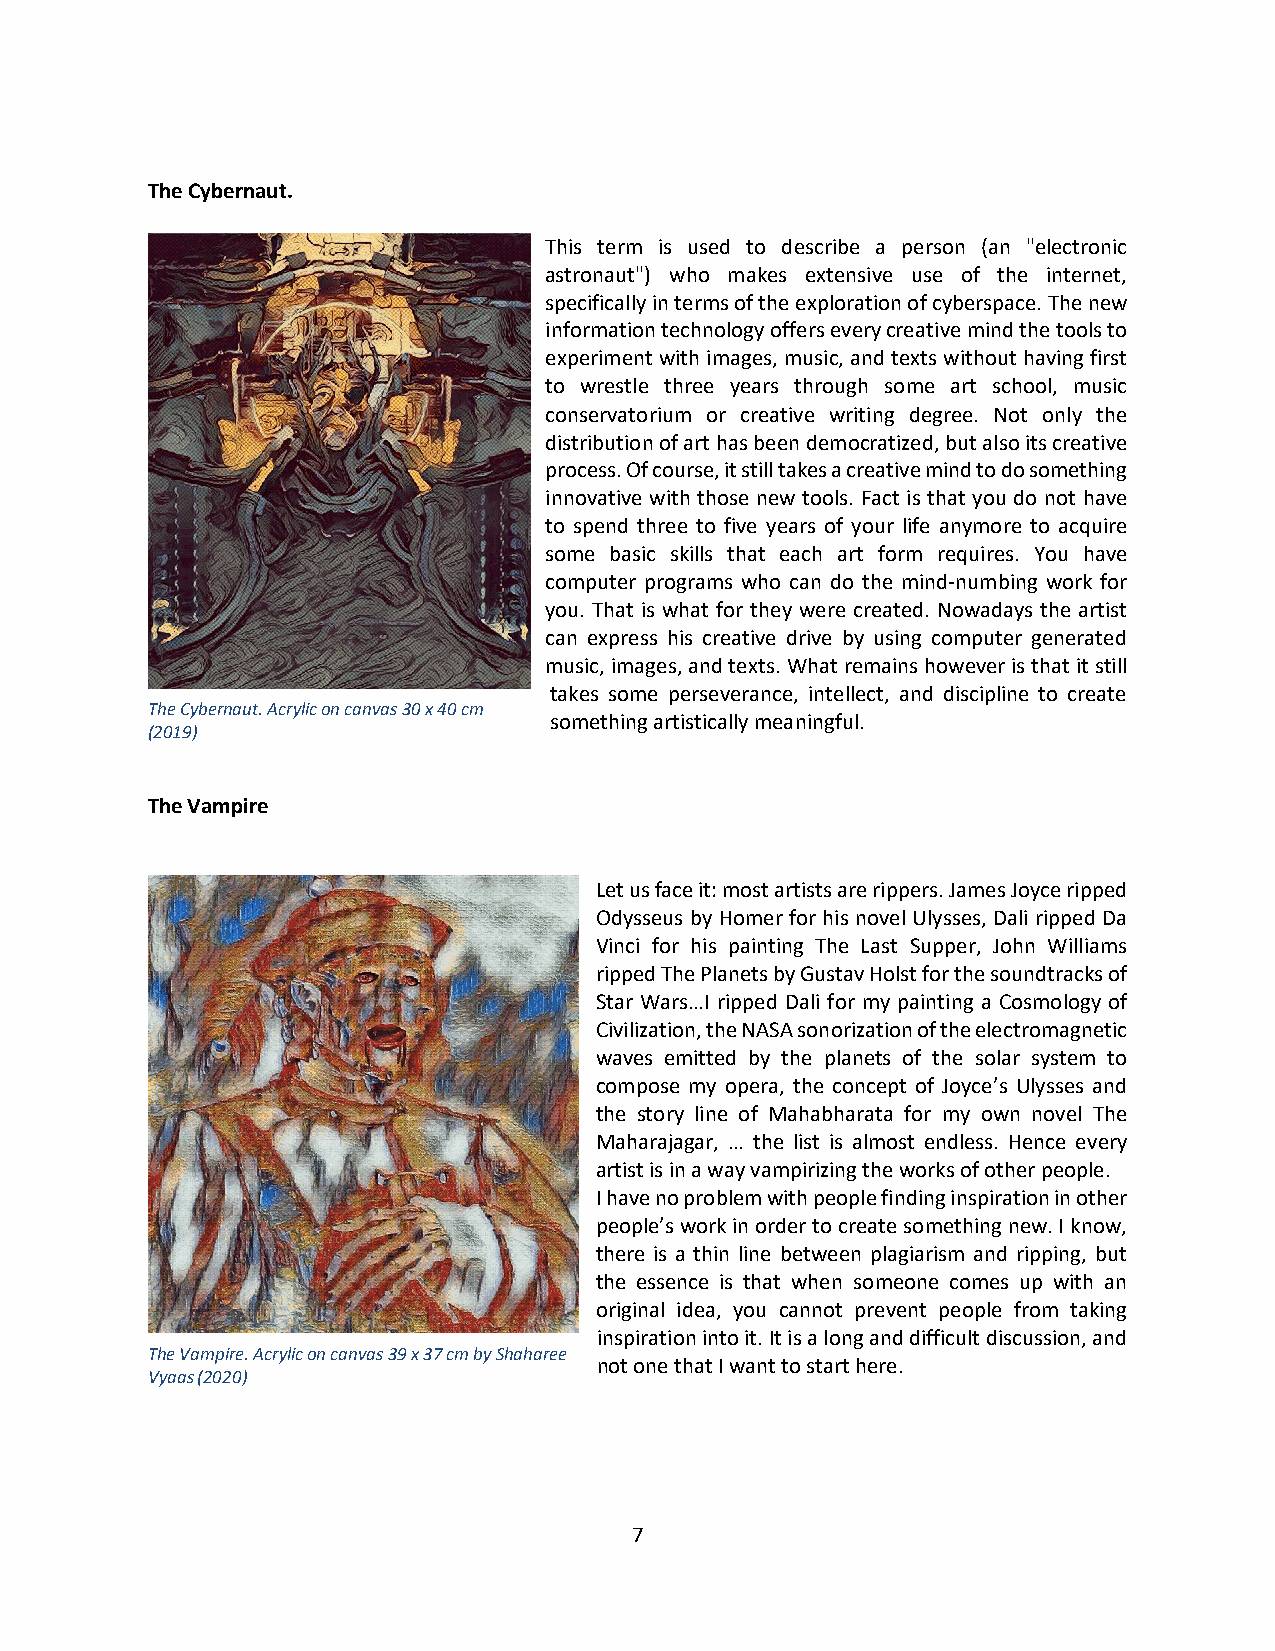
The Cybernaut.
 This term is used to describe a person (an "electronic
 astronaut") who makes extensive use of the internet,
 specifically in terms of the exploration of cyberspace. The new
 information technology offers every creative mind the tools to
 experiment with images, music, and texts without having first
 to wrestle three years through some art school, music
 conservatorium or creative writing degree. Not only the
 distribution of art has been democratized, but also its creative
 process. Of course, it still takes a creative mind to do something
 innovative with those new tools. Fact is that you do not have
 to spend three to five years of your life anymore to acquire
 some basic skills that each art form requires. You have
 computer programs who can do the mind-numbing work for
 you. That is what for they were created. Nowadays the artist
 can express his creative drive by using computer generated
 music, images, and texts. What remains however is that it still
 takes some perseverance, intellect, and discipline to create
 The Cybernaut. Acrylic on canvas 30 x 40 cm
 something artistically meaningful.
 (2019)
 The Vampire
 Let us face it: most artists are rippers. James Joyce ripped
 Odysseus by Homer for his novel Ulysses, Dali ripped Da
 Vinci for his painting The Last Supper, John Williams
 ripped The Planets by Gustav Holst for the soundtracks of
 Star Wars…I ripped Dali for my painting a Cosmology of
 Civilization, the NASA sonorization of the electromagnetic
 waves emitted by the planets of the solar system to
 compose my opera, the concept of Joyce’s Ulysses and
 the story line of Mahabharata for my own novel The
 Maharajagar, … the list is almost endless. Hence every
 artist is in a way vampirizing the works of other people.
 I have no problem with people finding inspiration in other
 people’s work in order to create something new. I know,
 there is a thin line between plagiarism and ripping, but
 the essence is that when someone comes up with an
 original idea, you cannot prevent people from taking
 inspiration into it. It is a long and difficult discussion, and
 The Vampire. Acrylic on canvas 39 x 37 cm by Shaharee
 not one that I want to start here.
 Vyaas (2020)
 7